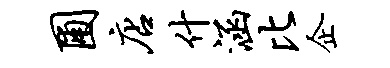
圃店什涵比企